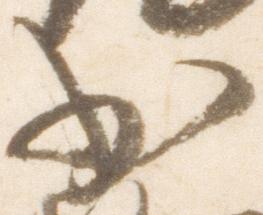
少